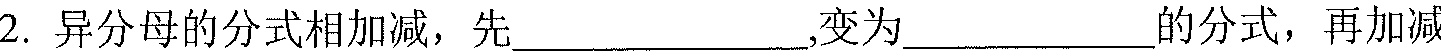
2. 异分母的分式相加减，先__________,变为_________的分式，再加减